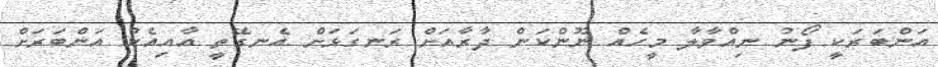
އަންބަރަކީ ފޯނު ނިއްވާލާ މީހެއް ނޫންކަން ދާރާއަށް ރަނގަޅަށް އެނގޭތީ އާއިއެކު އަންބަރަށް